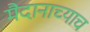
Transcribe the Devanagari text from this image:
मैदानाच्याच